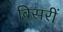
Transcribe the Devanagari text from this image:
बिसरीं